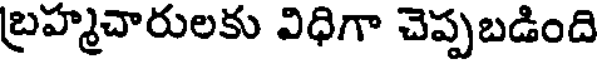
బ్రహ్మచారులకు విధిగా చెప్పబడింది